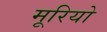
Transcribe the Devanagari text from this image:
मूरियो